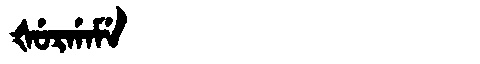
Manchu: ᡧᡠᡵᡤᠠᠮᡝ
Romanization: ŠURGAME